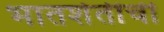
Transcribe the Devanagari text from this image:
भातशेतीची